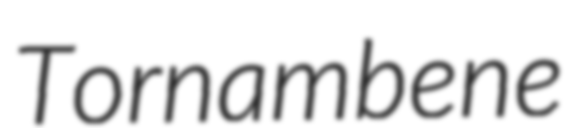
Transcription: Tornambene